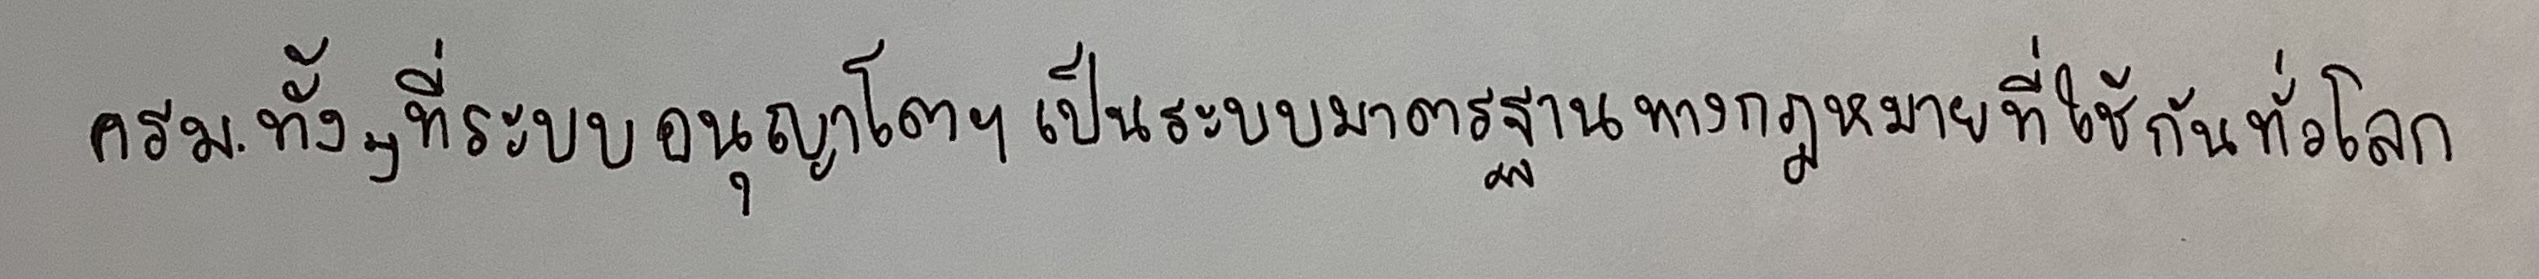
ครม.ทั้งๆ ที่ระบบอนุญาโตฯเป็นระบบมาตรฐานทางกฏหมายที่ใช้กันทั่วโลก